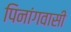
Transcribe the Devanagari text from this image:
पिनांगवासी